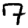
Digit: 7